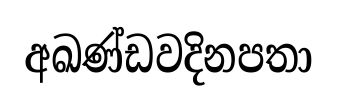
අඛණ්ඩවදිනපතා